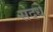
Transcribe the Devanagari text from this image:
संदधे